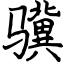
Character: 骥